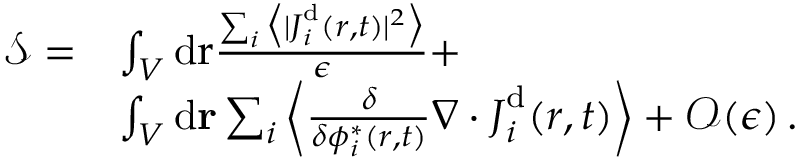
\begin{array} { r l } { { \mathcal { S } } = } & { \int _ { V } \mathrm { d } \mathbf { { \boldsymbol { r } } } \frac { \sum _ { i } \big \langle \vert { { \boldsymbol { J } } } _ { i } ^ { \mathrm { d } } ( { \boldsymbol { r } } , t ) \vert ^ { 2 } \big \rangle } { \epsilon } + } \\ & { \int _ { V } \mathrm { d } \mathbf { r } \sum _ { i } \left\langle \frac { \delta } { \delta { \phi _ { i } ^ { * } ( \boldsymbol { r } , t ) } } \nabla \cdot { \boldsymbol { J } } _ { i } ^ { \mathrm { d } } ( { \boldsymbol { r } } , t ) \right\rangle + \mathcal { O } ( \epsilon ) \, . } \end{array}